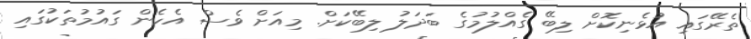
ތެރޭގައި އުޅެނިކޮށް ލިބޭ ގެއްލުމުގެ ބަދަލު ލިބޭކަށް. މިއަށް ވެސް އެހެން ގައުމުތަކުގައި